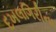
દખલગિરીના